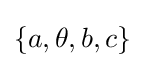
\lbrace a,\theta ,b,c\rbrace